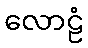
လောဠံ